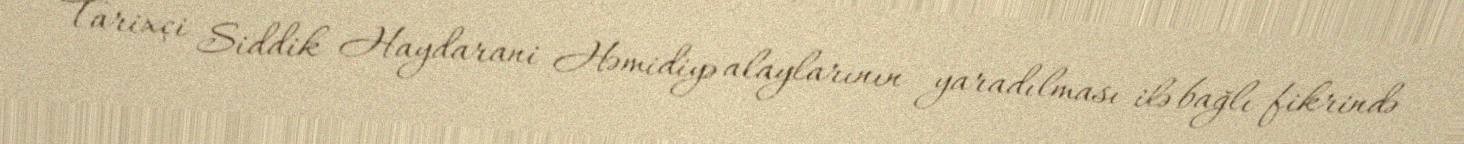
Tarixçi Siddik Haydarani Həmidiyə alaylarının yaradılması ilə bağlı fikrində